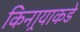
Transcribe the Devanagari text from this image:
किनार्‍याकडे